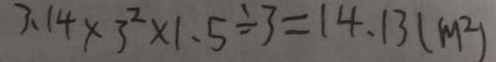
3 . 1 4 \times 3 ^ { 2 } \times 1 . 5 \div 3 = 1 4 . 1 3 ( m ^ { 2 } )